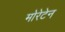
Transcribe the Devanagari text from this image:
मोरेटेन